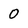
Character: 0